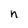
Character: n